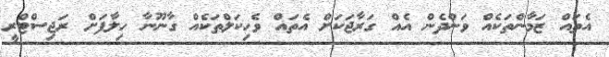
އެތައް ޒަމާންތަކެއް ވަންދެން އެއް ގަރާޖަކަށް އެތައް ވެހިކަލްތަކެއް ގާނޫނާ ހިލާފަށް ރަޖިސްޓްރީ